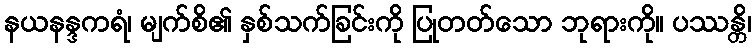
နယနန္ဒကရံ၊ မျက်စိ၏ နှစ်သက်ခြင်းကို ပြုတတ်သော ဘုရားကို။ ပဿန္တိ၊